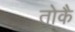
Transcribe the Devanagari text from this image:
तोकै